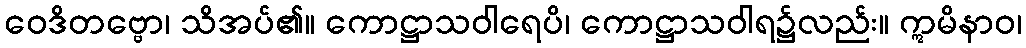
ဝေဒိတဗ္ဗော၊ သိအပ်၏။ ကောဋ္ဌာသဝါရေပိ၊ ကောဋ္ဌာသဝါရ၌လည်း။ ဣမိနာဝ၊